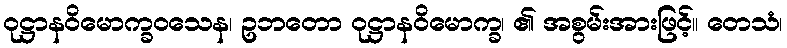
ဝုဋ္ဌာနဝိမောက္ခဝသေန၊ ဥဘတော ဝုဋ္ဌာနဝိမောက္ခ၊ ၏ အစွမ်းအားဖြင့်။ တေသံ၊